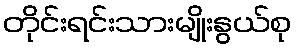
တိုင်းရင်းသားမျိုးနွယ်စု